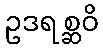
ဥဒရစ္ဆဝိ